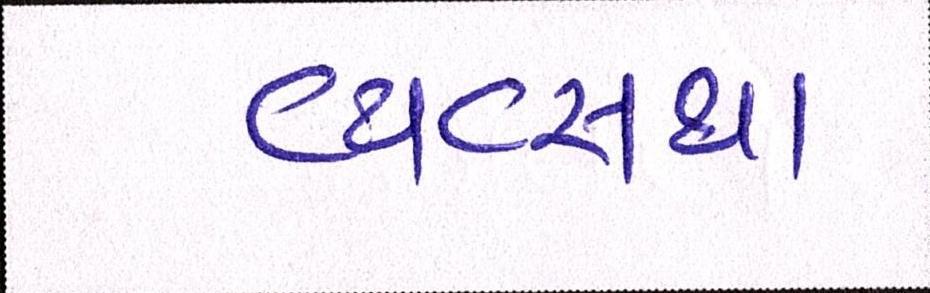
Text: વ્યવ્સથા